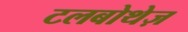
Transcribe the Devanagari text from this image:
टलबोथेज़